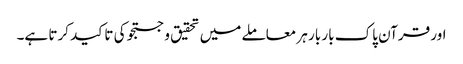
اور قرآن پاک بار بار ہر معاملے میں تحقیق و جستجو کی تاکید کرتا ہے۔